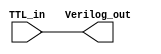
module TTL_buffer (
    input wire TTL_in, // input from external TTL logic
    output reg Verilog_out // output to Verilog logic
);

assign Verilog_out = TTL_in; // simple buffer to convert TTL input to Verilog logic

endmodule